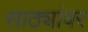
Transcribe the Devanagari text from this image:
साठ्यांवर